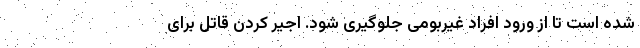
شده است تا از ورود افراد غیربومی جلوگیری شود. اجیر کردن قاتل برای